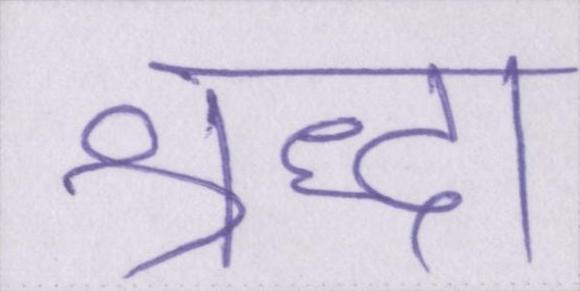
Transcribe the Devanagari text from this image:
श्रद्धा